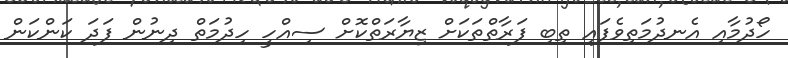
ހޯދުމާއި އެނދުމަތިވެފައި ތިބި ފަރާތްތަކަށް ޒިޔާރަތްކޮށް ސިއްހީ ހިދުމަތް ދިނުން ފަދަ ކަންކަން